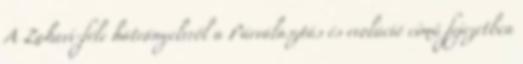
A Zahavi-féle hátrányelvről a Párválasztás és evolúció című fejezetben